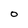
Character: 0